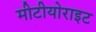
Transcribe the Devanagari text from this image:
मीटीयोराइट